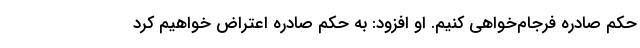
حکم صادره فرجام‌خواهی کنیم. او افزود: به حکم صادره اعتراض خواهیم کرد